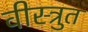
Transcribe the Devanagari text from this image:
वीस्त्रुत